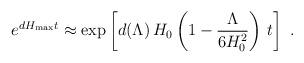
LaTeX: \begin{align*}e^{d H_{\rm max}t} \approx \exp\left[d(\Lambda)\, H_0\left(1 -{\Lambda\over6H_0^2}\right)\,t\right]\ .\end{align*}